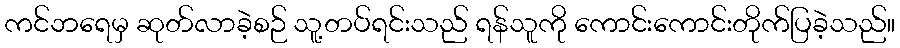
ကင်ဘရေမှ ဆုတ်လာခဲ့စဉ် သူ့တပ်ရင်းသည် ရန်သူကို ကောင်းကောင်းတိုက်ပြခဲ့သည်။